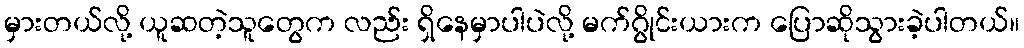
မှားတယ်လို့ ယူဆတဲ့သူတွေက လည်း ရှိနေမှာပါပဲလို့ မက်ဂွိုင်းယားက ပြောဆိုသွားခဲ့ပါတယ်။